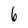
Character: 6